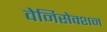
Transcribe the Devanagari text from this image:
वेनिसेक्शन